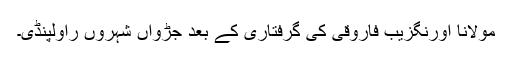
مولانا اورنگزیب فاروقی کی گرفتاری کے بعد جڑواں شہروں راولپنڈی۔